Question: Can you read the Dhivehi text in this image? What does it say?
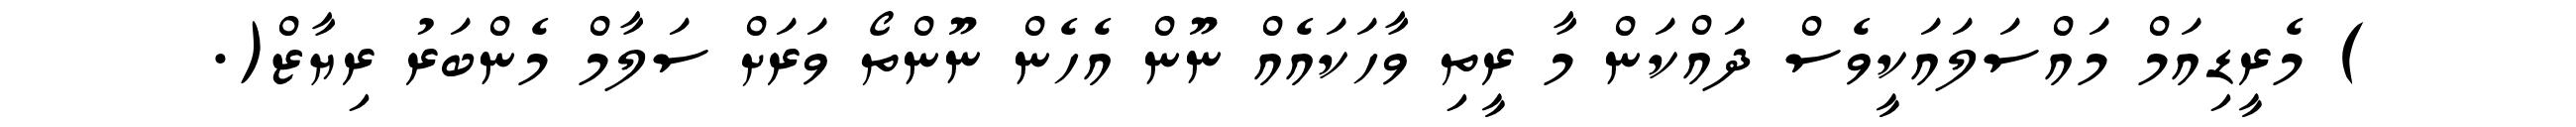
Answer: ) މެރީޑިއަމް މައްސަލައަކީވެސް ދައްކަން މާ ރީތި ވާހަކައެއް ނޫން އެހެން ނޫންތޯ ވަރަށް ސަލާމް މެންބަރު ރިޔާޒް(.